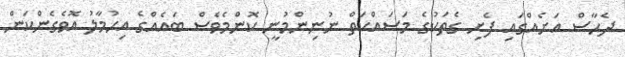
ދެހާސް އަށެއްގައި ފެށި ގެތަކުގެ މަސައްކަތް ނުނިންމުނީ ކޮންމެވެސް ބައެއްގެ އިހުމާލު އޮވެގެންކަން